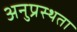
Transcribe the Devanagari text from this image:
अनुप्रस्थता